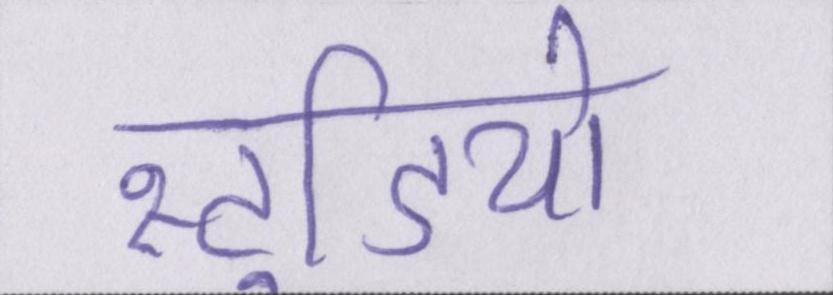
स्टूडियो